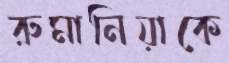
রুমানিয়াকে